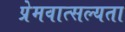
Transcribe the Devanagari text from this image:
प्रेमवात्सल्यता